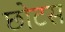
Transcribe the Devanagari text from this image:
छोटस